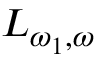
L _ { \omega _ { 1 } , \omega }